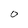
Character: O